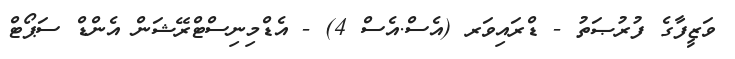
ވަޒީފާގެ ފުރުޞަތު - ޑްރައިވަރ (އެސް.އެސް 4) - އެޑްމިނިސްޓްރޭޝަން އެންޑް ސަޕޯޓް